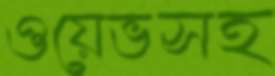
ওয়েভসহ